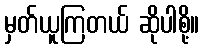
မှတ်ယူကြတယ် ဆိုပါစို့။